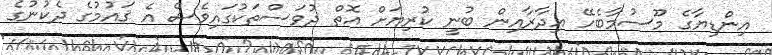
އިންޑިޔާގެ މޫސުމާބެހޭ އިދާރާއިން ބުނީ ކުރިޔަށް އޮތް ދުވަސްތަކުގައިވެސް އެ ޤައުމުގެ ދެކުނުގެ